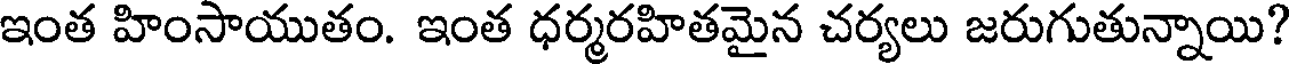
ఇంత హింసాయుతం. ఇంత ధర్మరహితమైన చర్యలు జరుగుతున్నాయి?